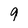
Character: 9